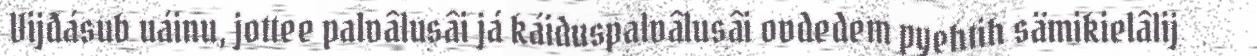
Vijđásub uáinu, jottee palvâlusâi já káiduspalvâlusâi ovdedem pyehtih sämikielâlij